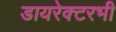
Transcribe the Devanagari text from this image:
डायरेक्टरभी